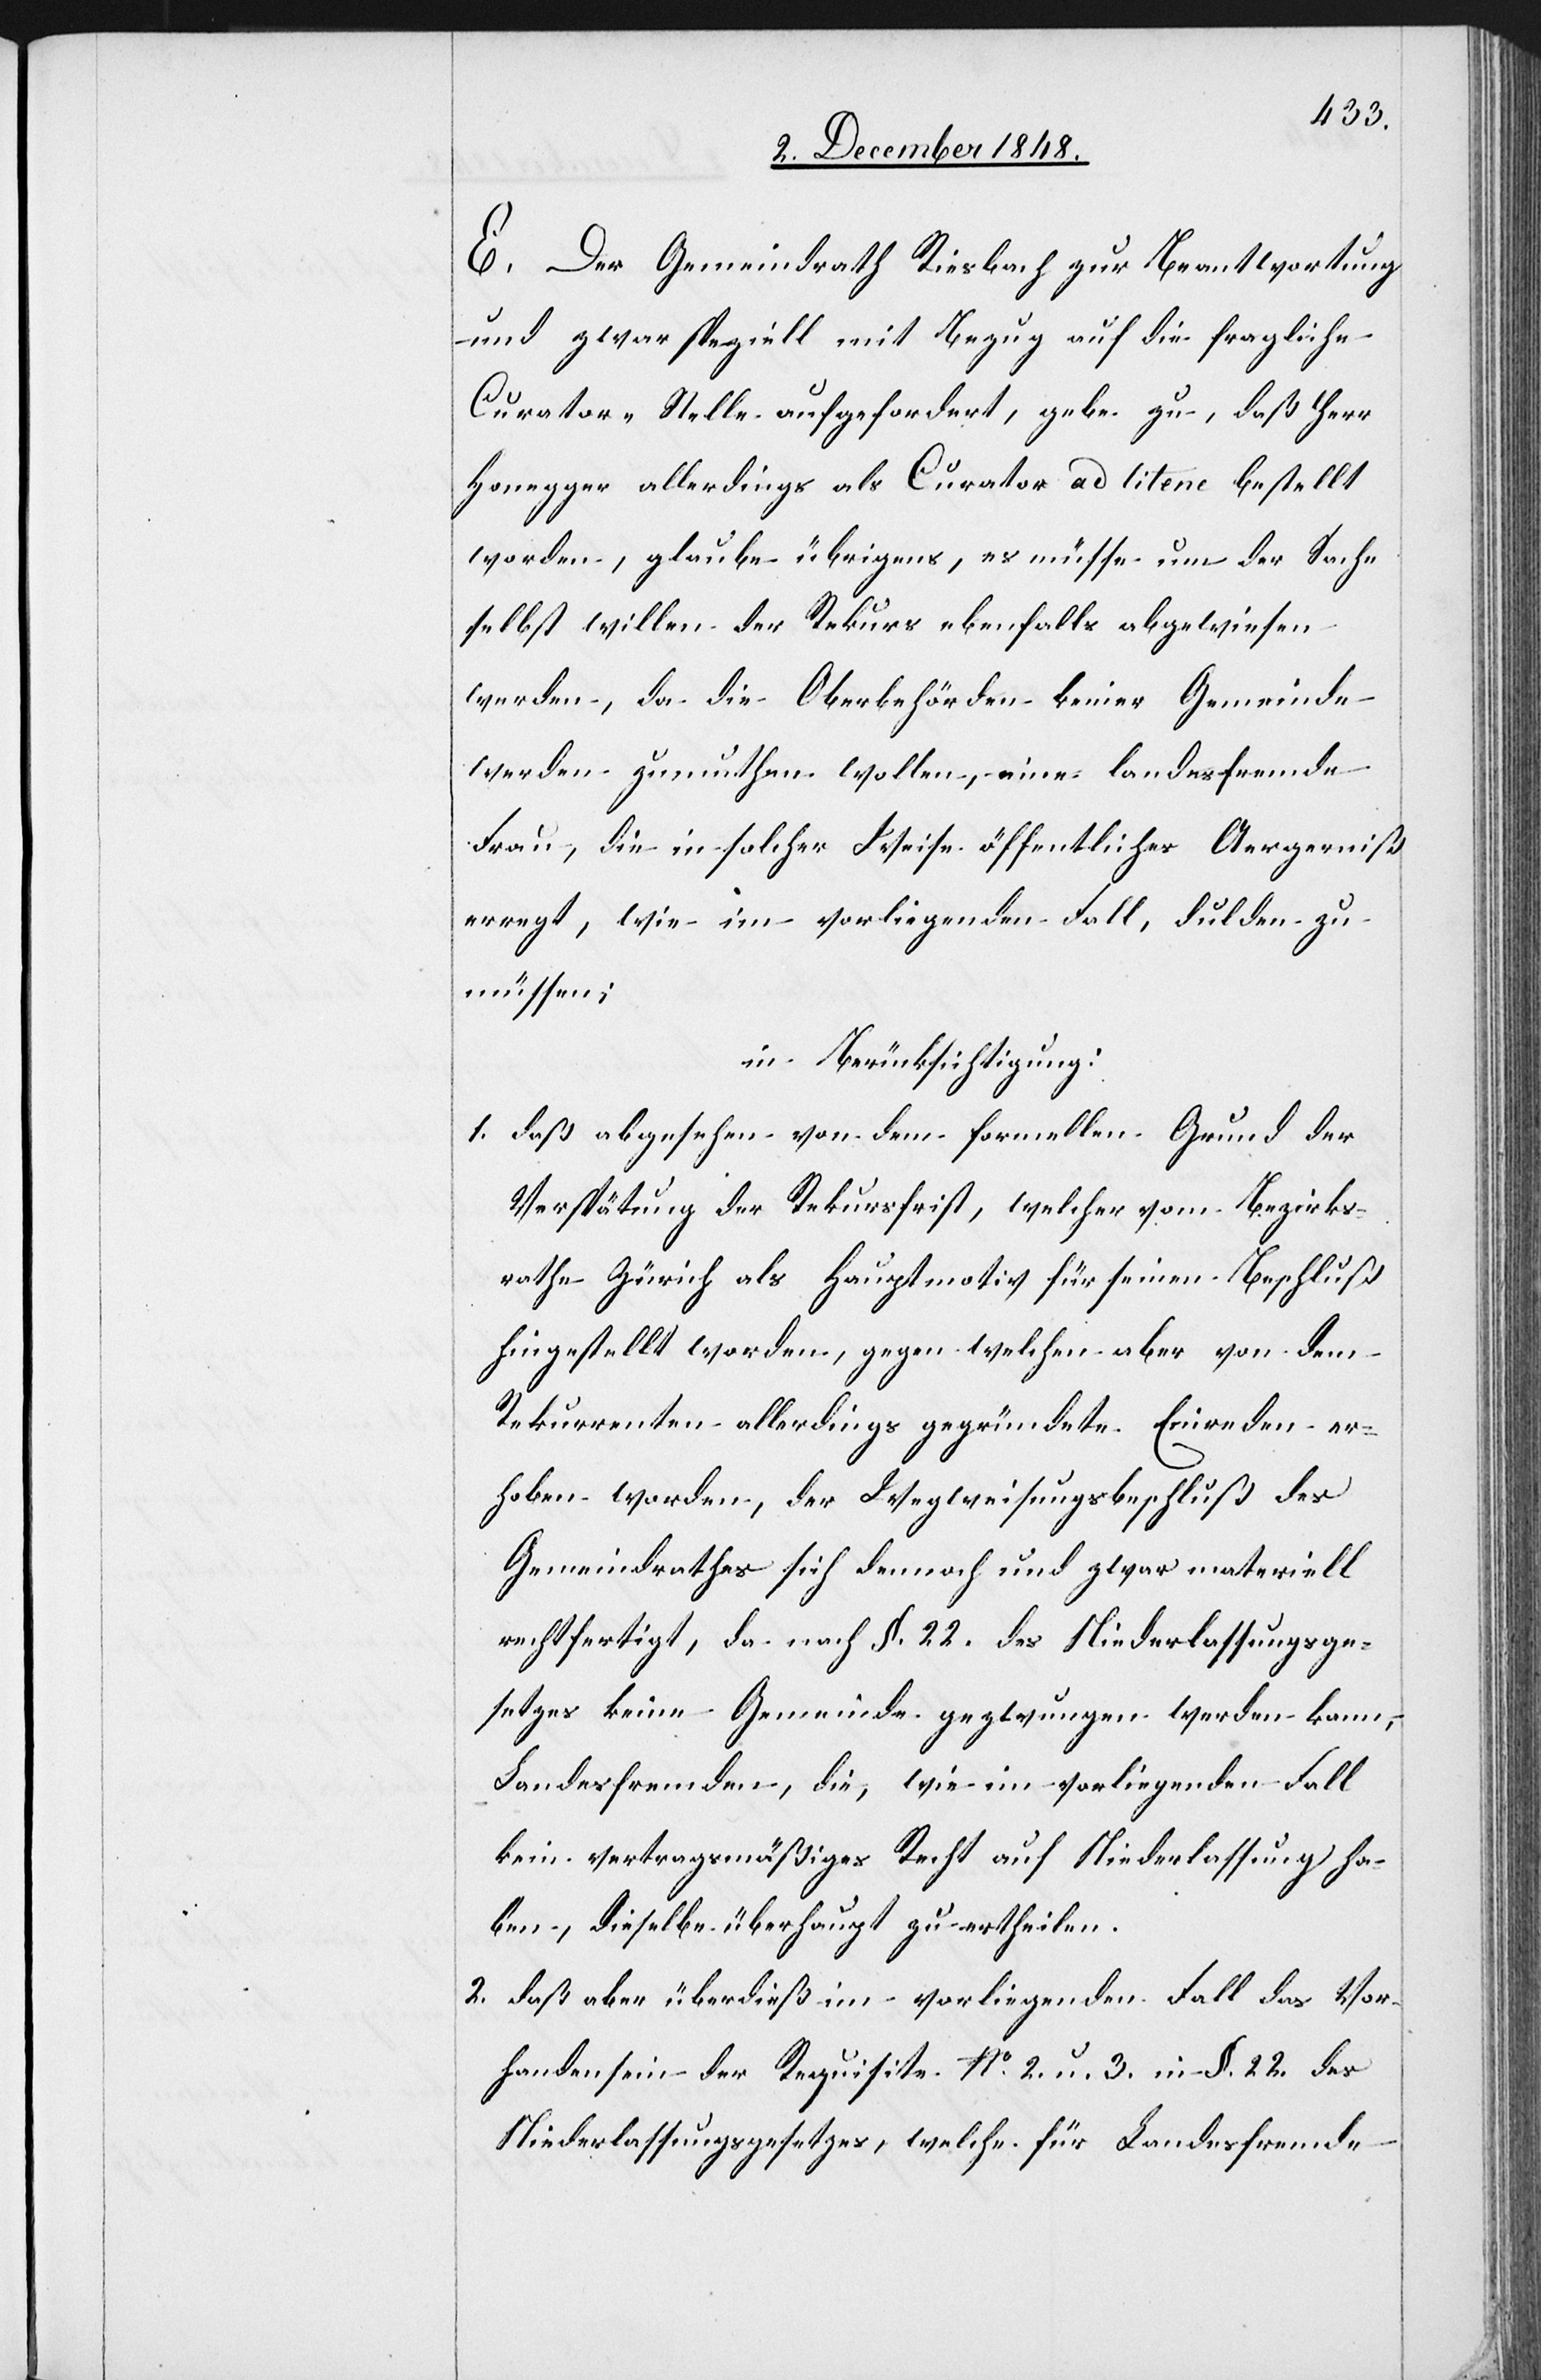
E. Der Gemeindrath Riesbach zur Beantwortung
und zwar speziell mit Bezug auf die fragliche
Curator-Stelle aufgefordert, gebe zu, daß Herr
Honegger allerdings als Curator ad litene bestellt
worden, glaube übrigens, es müsse um der Sache
selbst willen der Rekurs ebenfalls abgewiesen
werden, da die Oberbehörden keiner Gemeinde
werden zumuthen wollen eine landesfremde
Frau, die in solcher Weise öffentliches Aergerniß
erregt, wie im vorliegenden Fall, dulden zu
müssen;
in Berücksichtigung:
1. daß abgesehen von dem formellen Grund der
Verspätung der Rekursfrist, welcher vom Bezirks¬
rathe Zürich als Hauptmotiv für seinen Beschluß
hingestellt worden, gegen welchen aber von dem
Rekurrenten allerdings gegründete Einreden er¬
hoben worden, der Wegweisungsbeschluß des
Gemeindrathes sich dennoch und zwar materiell
rechtfertigt, da nach § 22. des Niederlassungsge¬
setzes keine Gemeinde gezwungen werden kann,
Landesfremden, die, wie im vorliegenden Fall
kein vertragsmäßiges Recht auf Niederlassung ha¬
ben, dieselbe überhaupt zu ertheilen.
2. daß aber überdieß im vorliegenden Fall das Vor¬
handensein der Requisite No 2. u. 3. in §. 22. des
Niederlassungsgesetzes, welche für Landesfremde